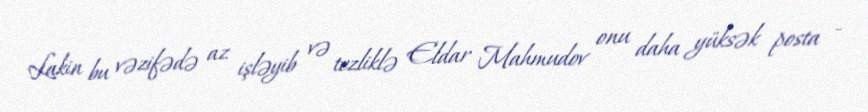
Lakin bu vəzifədə az işləyib və tezliklə Eldar Mahmudov onu daha yüksək posta -